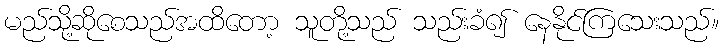
မည်သို့ဆိုစေသည်အထိတော့ သူတို့သည် သည်းခံ၍ နေနိုင်ကြသေးသည်။